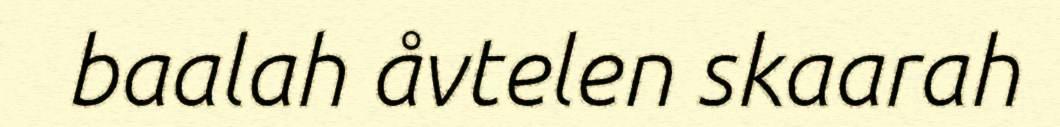
baalah åvtelen skaarah